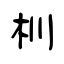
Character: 杊